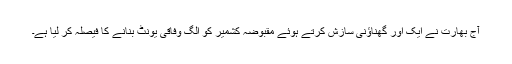
آج بھارت نے ایک اور گھناؤنی سازش کرتے ہوئے مقبوضہ کشمیر کو الگ وفاقی یونٹ بنانے کا فیصلہ کر لیا ہے۔